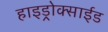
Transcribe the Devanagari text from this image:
हाइड्रोक्साईड